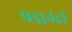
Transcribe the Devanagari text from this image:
पद्मनंदी